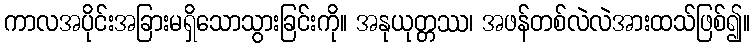
ကာလအပိုင်းအခြားမရှိသောသွားခြင်းကို။ အနုယုတ္တဿ၊ အဖန်တစ်လဲလဲအားထသ်ဖြစ်၍။